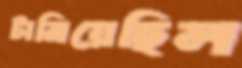
টানিয়েছিল